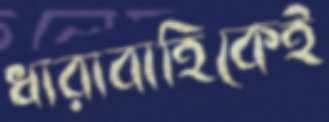
ধারাবাহিকেই